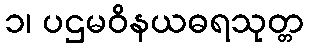
၁၊ ပဌမဝိနယဓရသုတ္တ